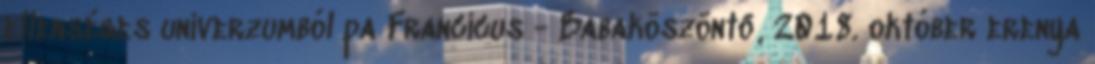
ellenséges univerzumból pa Francicus - Babaköszöntő, 2018. október erenya